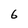
Character: 6